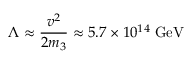
\Lambda \approx \frac { v ^ { 2 } } { 2 m _ { 3 } } \approx 5 . 7 \times 1 0 ^ { 1 4 } \; \mathrm { G e V }